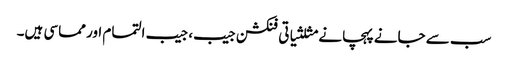
سب سے جانے پہچانے مثلثیاتی فنکشن جیب، جیب التمام اور مماسی ہیں۔